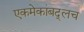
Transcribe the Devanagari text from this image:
एकमेकांबद्लच